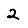
Digit: 2